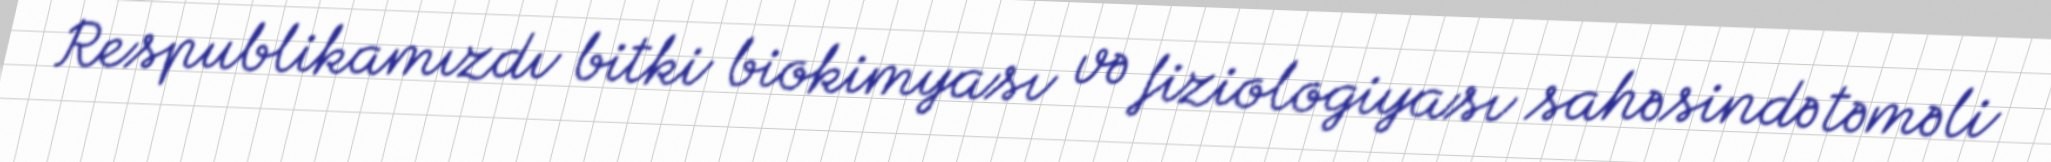
Respublikamızdı bitki biokimyası və fiziologiyası sahəsində təməli